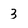
Character: 3